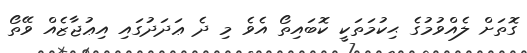
ގޮތަށް ލެއްވުމުގެ ޙިކުމަތަކީ ކޮބައިތޯ އެވެ މި ދެ ޢަދަދުގައި އިޢުޖާޒެއް ވޭތޯ